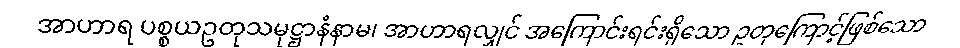
အာဟာရ ပစ္စယဥတုသမုဋ္ဌာနံနာမ၊ အာဟာရလျှင် အကြောင်းရင်းရှိသော ဥတုကြောင့်ဖြစ်သော